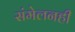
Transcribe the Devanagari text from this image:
संमेलनही